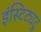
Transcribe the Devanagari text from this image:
इंस्टिट्यटू